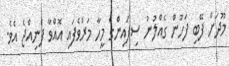
މޫދަށް ފޭބި ފަހުން ގެއްލުނު ސިފައިންގެ މީހާ މަރުވެފައި އޮއްވާ ފެނިއްޖެ އެވެ.